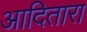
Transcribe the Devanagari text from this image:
आदितारा